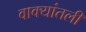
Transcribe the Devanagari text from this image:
वाक्यांतली